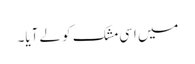
میں اسی مشک کو لے آیا۔